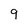
Character: 9